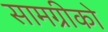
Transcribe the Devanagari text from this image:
सामग्रीको